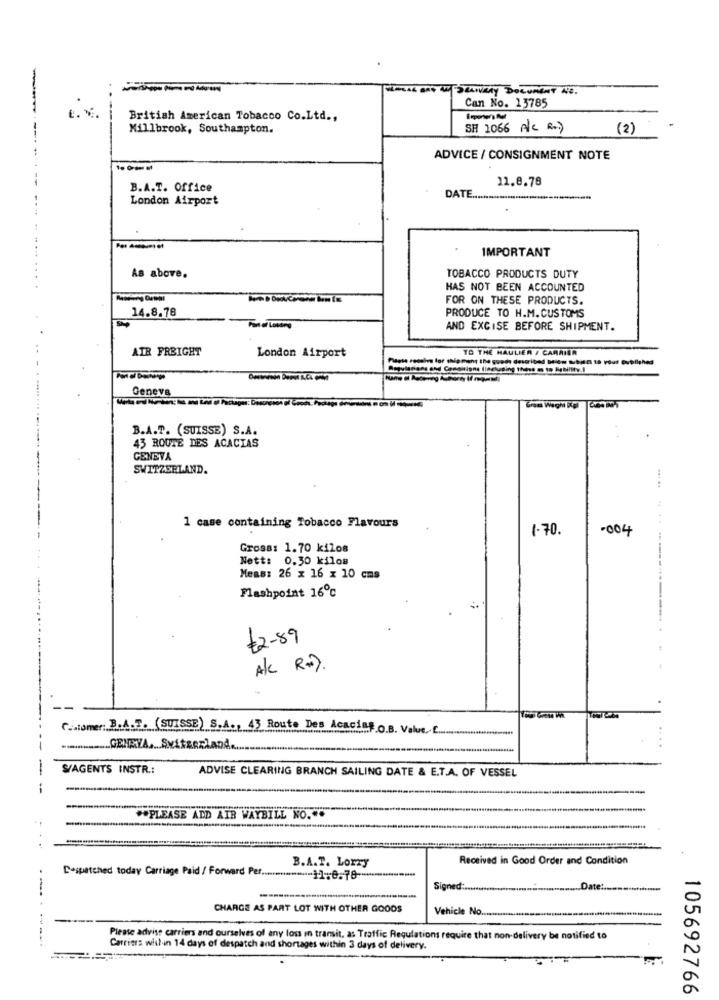
----
Can No. 13785
British American Tobacco Co.Ltd .,
Millbrook, Southampton.
SH 1066 A/C R.)
(2)
ADVICE / CONSIGNMENT NOTE
11.8.78
B.A.T. Office
DATE
London Airport
---
IMPORTANT
As above.
TOBACCO PRODUCTS DUTY
HAS NOT BEEN ACCOUNTED
FOR ON THESE PRODUCTS.
14.8.78
PRODUCE TO H.M. CUSTOMS
Pon al Loving
AND EXCISE BEFORE SHIPMENT.
AIR FREIGHT
TO THE HAULIER / CARRIER
London Airport
Geneva
B.A.T. (SUISSE) S.A.
45 ROUTE DES ACACIAS
GENEVA
SWITZERLAND.
.. ..
1 case containing Tobacco Flavours
1.70.
.004
Gross: 1.70 kilos
Nett: 0.30 kilos
Meas: 26 x 16 x 10 cms
Flashpoint 16℃
$2-89
Alc R+).
.atomer: 3.A.T. (SUISSE) S.A ., 43 Route Des Acacint O.B. Value, f
GENEVA .... Switzerland.
-
S/AGENTS INSTR .:
ADVISE CLEARING BRANCH SAILING DATE & E.T.A. OF VESSEL
..
-
** PLEASE ADD AIR WAYBILL NO ...
B.A.T. Lorry
Received in Good Order and Condition
Despatched today Carriage Paid / Forward Per ...
Signed :.......
Date:
CHARGE AS PART LOT WITH OTHER GOODS
Vehicle No ....
Please advise carriers and ourselves of any loss in transit, as Traffic Regulations require that non-delivery be notified to
Carriers within 14 days of despatch and shortages within 3 days of delivery.
105692766